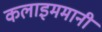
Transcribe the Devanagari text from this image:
कलाइममानी